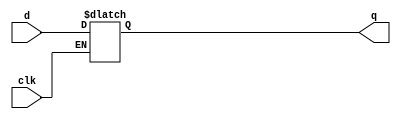
`timescale 1ns / 1ps
//////////////////////////////////////////////////////////////////////////////////
// Company: 
// Engineer: 
// 
// Design Name: 
// Module Name: D_LATCH
// Project Name: 
// Target Devices: 
// Tool Versions: 
// Description: 
// 
// Dependencies: 
// 
// Revision:
// Revision 0.01 - File Created
// Additional Comments:
// 
//////////////////////////////////////////////////////////////////////////////////


module D_LATCH(
    input clk,
    input d,
    output reg q
    );
    //Sensitivity List
    always @ (d, clk)
    begin
        if (clk == 1)
            q <= d;
    end
    
endmodule